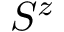
S ^ { z }